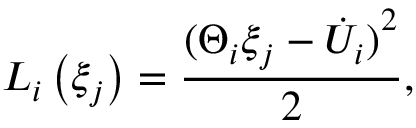
L _ { i } \left( \xi _ { j } \right) = \frac { { ( \Theta _ { i } \xi _ { j } - { \dot { U } } _ { i } ) } ^ { 2 } } { 2 } ,